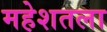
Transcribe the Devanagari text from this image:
महेशतला